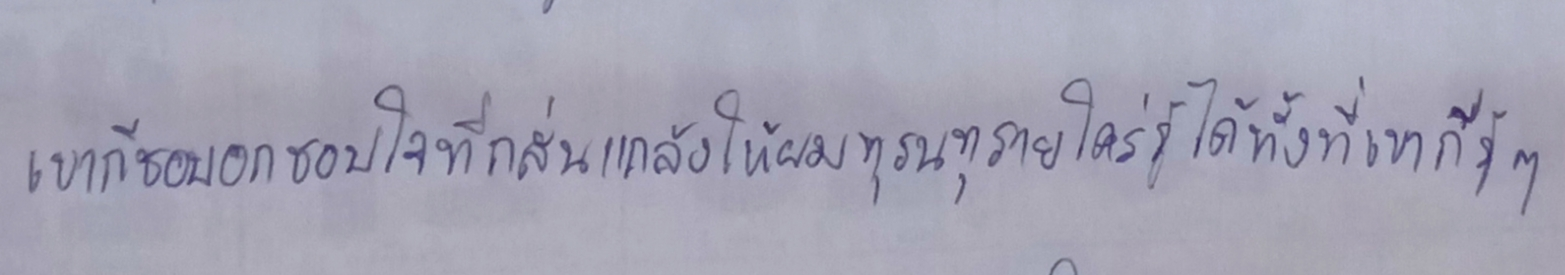
เขาก็ชอบอกชอบใจที่กลั่นแกล้งให้ผมทุรนทุรายใคร่รู้ได้ทั้งที่เขาก็รู้ๆ